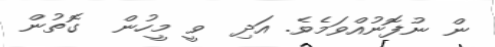
ން ނުފޮނުއްވަމެވެ. އަދި  ވީ މީހުން  ގޮތުން